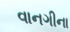
વાનગીના